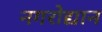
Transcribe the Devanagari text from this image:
नगरोद्यान